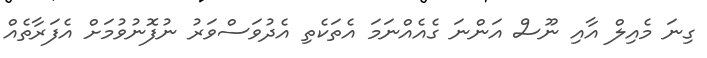
ގިނަ މެއިލް އާއި ނޫސް އަންނަ ގެއެެއްނަމަ އެތަކެތި އެދުވަސްވަރު ނުފޮނުވުމަށް އެފަރާތެއް